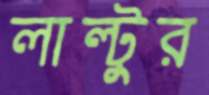
লাল্টুর